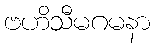
ဗဟိသီမဂမနာ